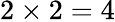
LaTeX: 2\times 2=4